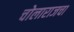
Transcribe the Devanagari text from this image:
चोलाराजचा